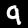
Label: 9